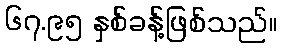
၆၇.၉၅ နှစ်ခန့်ဖြစ်သည်။